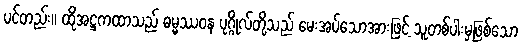
ပင်တည်း။ ထိုအဋ္ဌကထာသည် ဓမ္မဿဝန ပုဂ္ဂိုလ်တို့သည် မေးအပ်သောအားဖြင့် သူတစ်ပါးမှဖြစ်သော